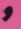
و